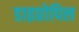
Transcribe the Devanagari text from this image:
डाइप्रोपिल